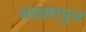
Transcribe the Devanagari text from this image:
अष्टदशभुज